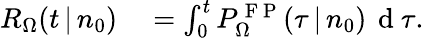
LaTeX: \begin{array}{rl}{R_{\Omega}(t\, |\, n_{0})}&{{}=\int_{0}^{t}P_{\Omega}^{\mathrm{~F~P~}}(\tau\, |\, n_{0})\, \mathrm{~d~}\tau.}\end{array}